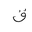
Letter: _qaf